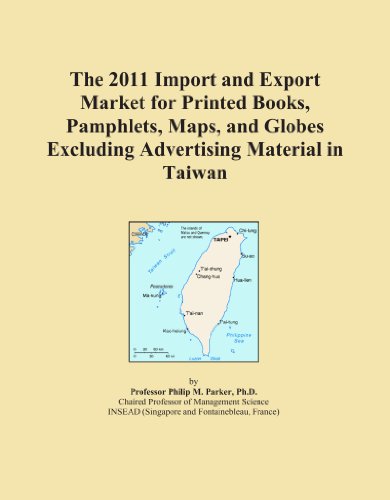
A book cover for The 2011 Import and Export Market for Printed Books, Pamphlets, Maps, and Globes Excluding Advertising Material in Taiwan; Icon Group International; Travel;